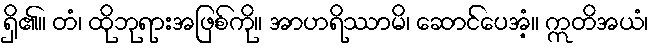
ရှိ၏။ တံ၊ ထိုဘုရားအဖြစ်ကို။ အာဟရိဿာမိ၊ ဆောင်ပေအံ့။ ဣတိအယံ၊